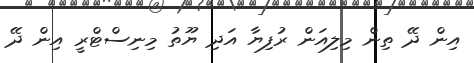
އިން ދޭ ތިން މިލިއަން ރުފިޔާ އަދި ޔޫތު މިނިސްޓްރީ އިން ދޭ